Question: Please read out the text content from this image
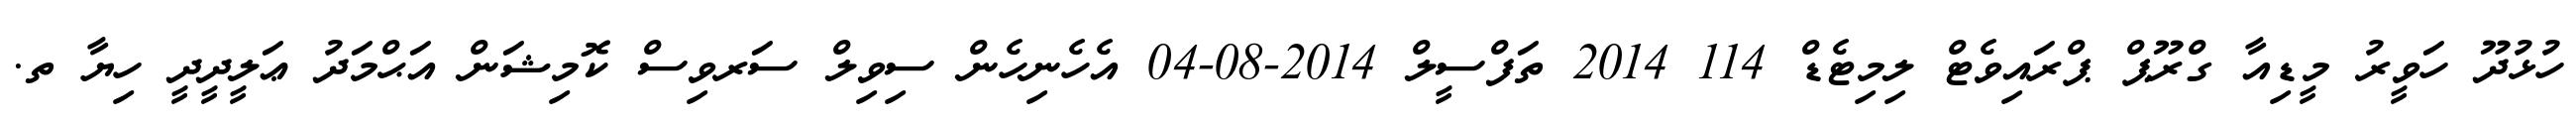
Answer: ހުޅުދޫ ހަވީރު މީޑިއާ ގްރޫޕް ޕްރައިވެޓް ލިމިޓެޑް 114 2014 ތަފްސީލް 2014-08-04 އެހެނިހެން ސިވިލް ސަރވިސް ކޮމިޝަން އަޙްމަދު ޢަލީދީދީ ހިޔާ ތ.